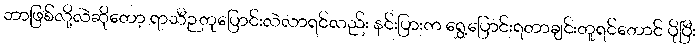
ဘာဖြစ်လို့လဲဆိုတော့ ရာသီဉတုပြောင်းလဲလာရင်လည်း နင်းပြားက ရွှေ့ပြောင်းရတာချင်းတူရင်တောင် ပိုပြီး